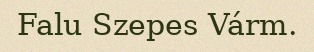
Falu Szepes Várm.